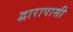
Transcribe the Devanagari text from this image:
द्वारापासी